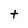
Character: t